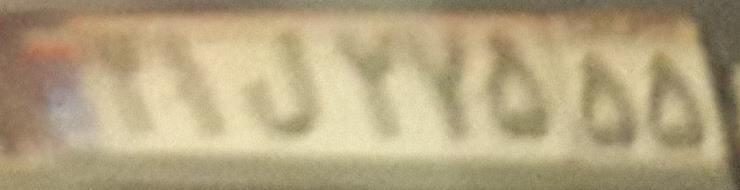
۲۱ل۲۷۵۵۵